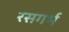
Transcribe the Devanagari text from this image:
रसगर्भ